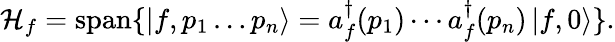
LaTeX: {\mathcal{H}}_{f}=\operatorname{span}\{ \left|f,p_{1}\ldots p_{n}\right\rangle=a_{f}^{\dagger}(p_{1})\cdots a_{f}^{\dagger}(p_{n})\left|f,0\right\rangle\} .